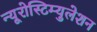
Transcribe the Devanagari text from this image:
न्यूरोस्टिम्युलेशन